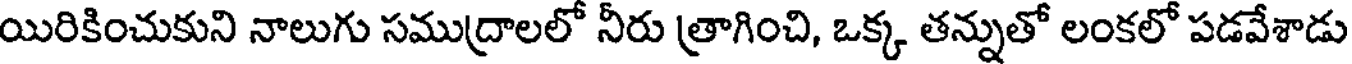
యిరికించుకుని నాలుగు సముద్రాలలో నీరు త్రాగించి, ఒక్క తన్నుతో లంకలో పడవేశాడు